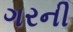
ગરની